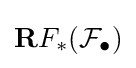
\mathbf {R} F_{*}({\mathcal {F}}_{\bullet })